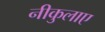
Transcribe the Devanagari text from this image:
नीकुलाए